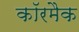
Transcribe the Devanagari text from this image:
कॉरमैक